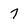
Character: 7